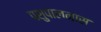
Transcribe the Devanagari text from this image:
पशुपालनास